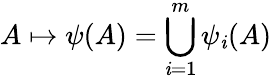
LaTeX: A\mapsto\psi(A)=\bigcup_{\mathit{i}=1}^{m}\psi_{\mathit{i}}(A)